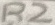
Text: R2